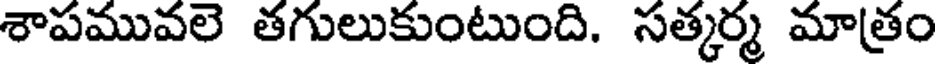
శాపమువలె తగులుకుంటుంది. సత్కర్మ మాత్రం